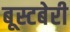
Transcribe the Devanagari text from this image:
बूस्टबेरी